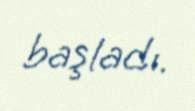
başladı.